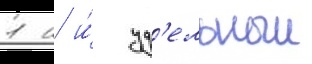
1 н и́ уд'ельныи